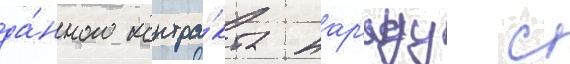
да́нного контра́кта нар'яду с